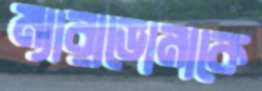
ম্যারাডোনাকে